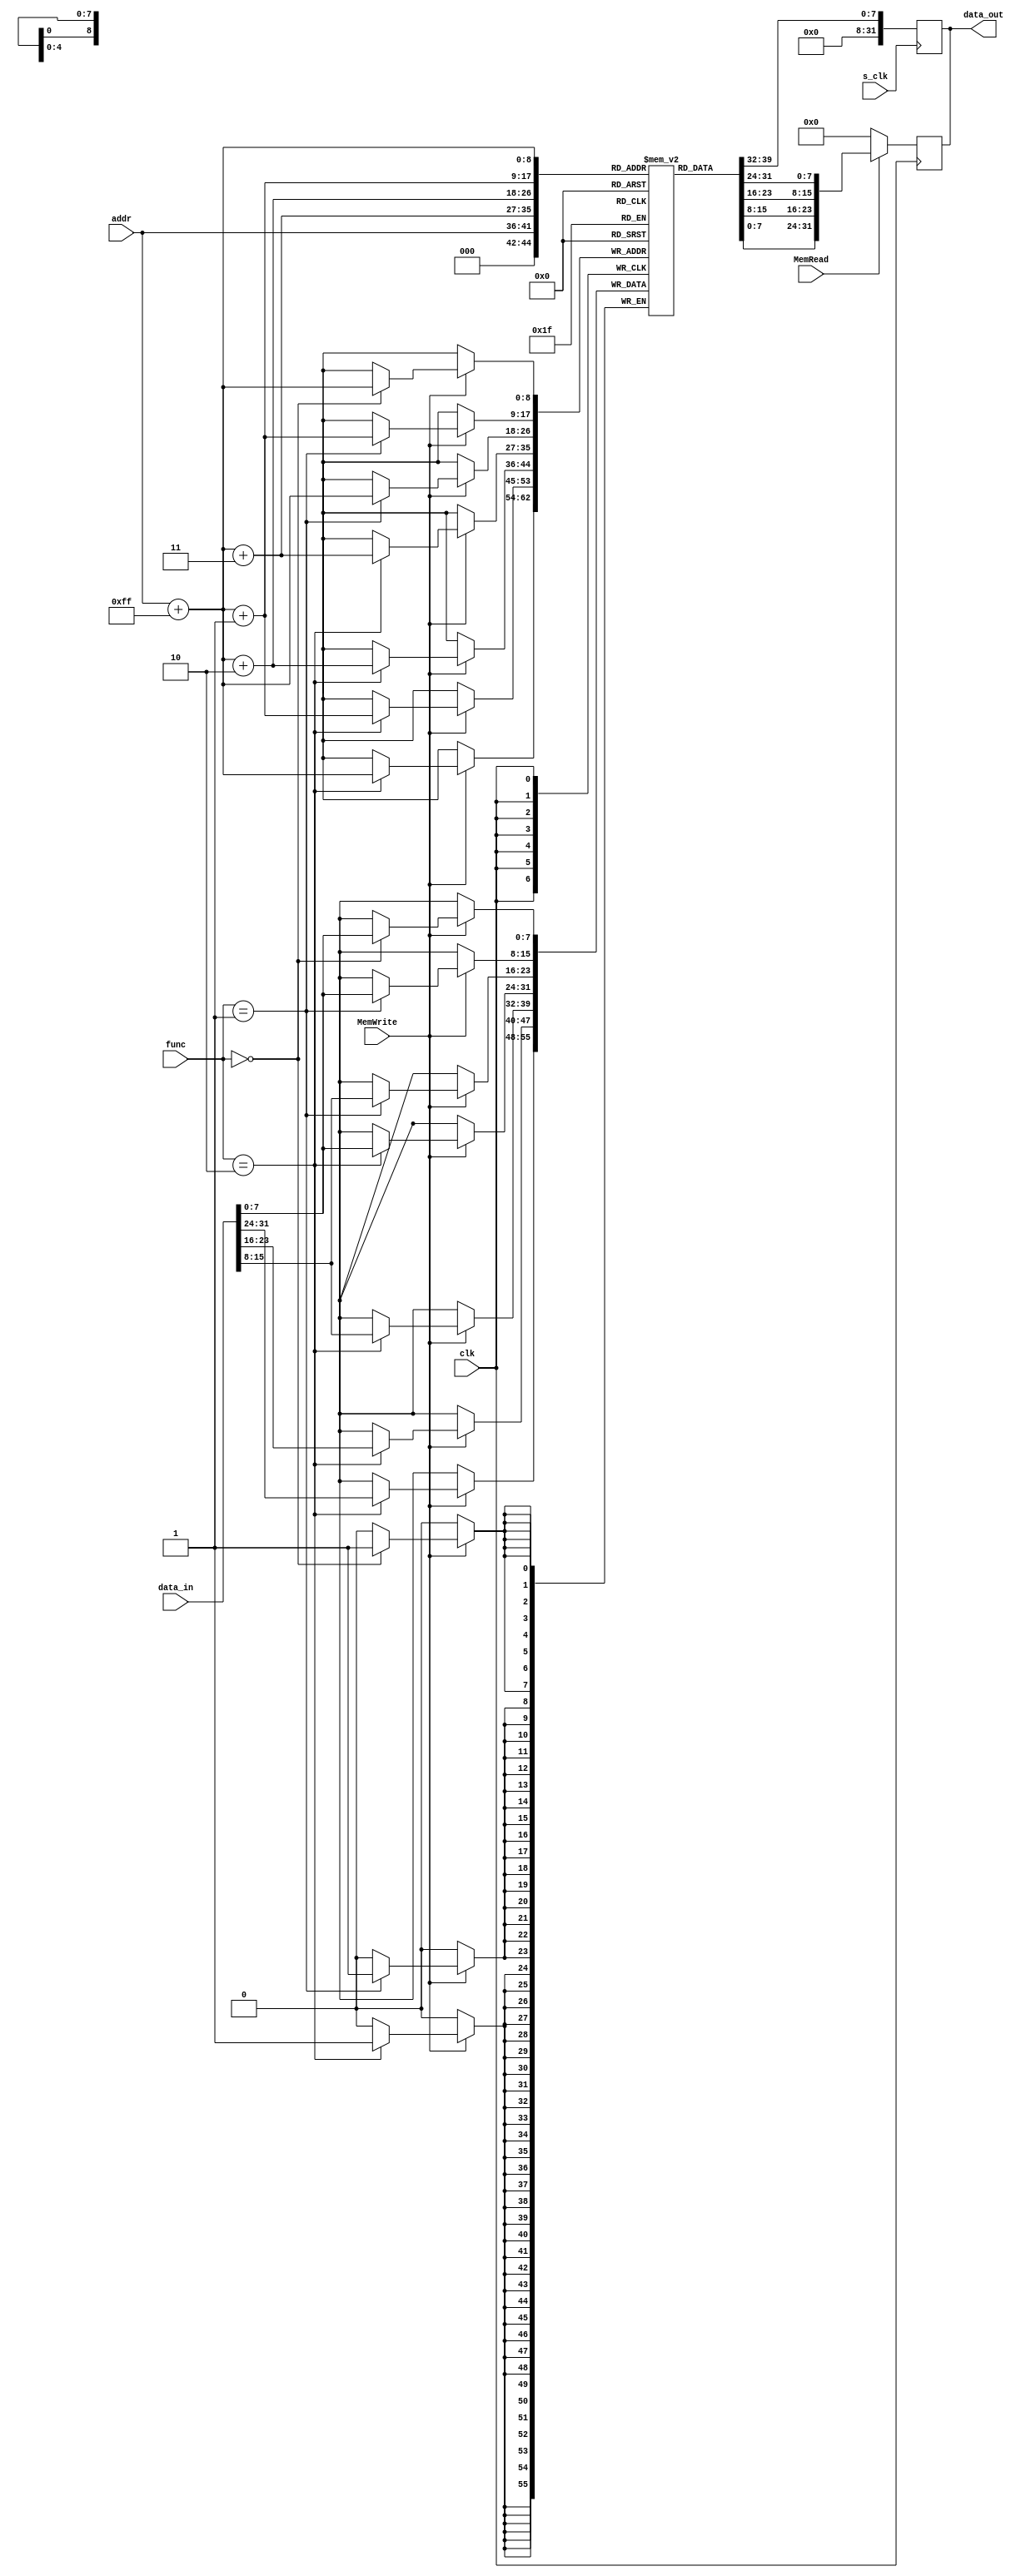


module singleMem (input         clk, s_clk,
                                MemRead,
                                MemWrite,
                  input  [2:0]  func,
                  input  [5:0]  addr,
                  input  [31:0] data_in,
                  output reg [31:0] data_out);


    reg [7:0] mem [0:511];
    always@(posedge s_clk)begin
    data_out = mem[addr];
    end
    always@(negedge clk)begin
    data_out =  MemRead ? {mem[addr+255], mem[addr+255+1], mem[addr+255+2], mem[addr+255+3]}: 0;
    end
    initial 
    begin
        mem[255]=8'd25;
        mem[256]=8'd25;
    end 

    always @(posedge clk)begin
    if(MemWrite)
    case(func)
    3'b000:mem[addr+255] <= data_in[7:0];
    3'b001:{mem[addr+255], mem[addr+255+1]} <= data_in[15:0];
    3'b010:{mem[addr+255], mem[addr+255+1], mem[addr+255+2], mem[addr+255+3]} <= data_in;
    endcase 
    end

    initial 
    begin
      {mem[3],  mem[2],  mem[1],  mem[0]}  = 32'b00000000000000000011000100010111;
      {mem[7],  mem[6],  mem[5],  mem[4]}  = 32'b00000000000000001100000010110111;
      {mem[11], mem[10], mem[9],  mem[8]}  = 32'b00000010000000000000000111101111;
      {mem[15], mem[14], mem[13], mem[12]} = 32'b00000000010000010000000111100111;
      {mem[19], mem[18], mem[17], mem[16]} = 32'b00000000000100010000010001100011;
      {mem[23], mem[22], mem[21], mem[20]} = 32'b00000000000100010001001001100011;
      {mem[27], mem[26], mem[25], mem[24]} = 32'b00000000000100010100100001100011;
      {mem[31], mem[30], mem[29], mem[28]} = 32'b00000000000100010101011001100011;
      {mem[35], mem[34], mem[33], mem[32]} = 32'b00000000100000010000000100000011;
      {mem[39], mem[38], mem[37], mem[36]} = 32'b00000001000000010010000100000011;
      {mem[43], mem[42], mem[41], mem[40]} = 32'b00000000000100010000001000100011;
      {mem[47], mem[46], mem[45], mem[44]} = 32'b00000000000100010010100000100011;
      {mem[51], mem[50], mem[49], mem[48]} = 32'b00000001000000001100000100000011;
      {mem[55], mem[54], mem[53], mem[52]} = 32'b00000001010000010000000110010011;
      {mem[59], mem[58], mem[57], mem[56]} = 32'b00000000001000011010000110010011;
      {mem[63], mem[62], mem[61], mem[60]} = 32'b11111111111000011011000110010011;
      {mem[67], mem[66], mem[65], mem[64]} = 32'b00000001111000011100000110010011;
      {mem[71], mem[70], mem[69], mem[68]} = 32'b00000000000100011111001000110011;
      {mem[75], mem[74], mem[73], mem[72]} = 32'b00000000001100100000001010110011;
      {mem[79], mem[78], mem[77], mem[76]} = 32'b00000000000000000000000001110011;
      {mem[83], mem[82], mem[81], mem[80]} = 32'b00000000000100000000000001110011;
      {mem[87], mem[86], mem[85], mem[84]} = 32'b01000000001000101101001100110011;
      {mem[91], mem[90], mem[89], mem[88]} = 32'b00000000000100110010001110110011;
      {mem[95], mem[94], mem[93], mem[92]} = 32'b11111010001000011111111011100011;
    end

endmodule